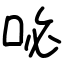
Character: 咇